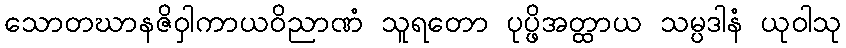
သောတဃာနဇိဝှါကာယဝိညာဏံ သူရတော ပုပ္ဖိအတ္ထာယ သမ္ပဒါနံ ယုဝါသု